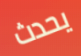
يحدث